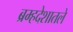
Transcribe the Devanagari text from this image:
ब्रम्हदेशातले